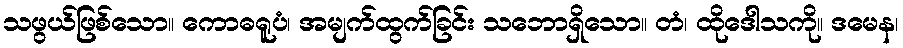
သဖွယ်ဖြစ်သော။ ကောဓရူပံ၊ အမျက်ထွက်ခြင်း သဘောရှိသော။ တံ၊ ထိုဒေါသကို။ ဒမေန၊